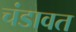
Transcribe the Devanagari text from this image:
चंडावत